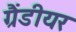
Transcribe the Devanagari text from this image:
ग्रैंडीयर